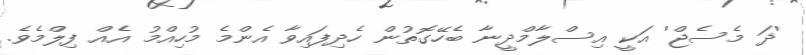
'ޛަ މެސެޖް' އަކީ އިސްލާމްދީނާ ބެހޭގޮތުން ހެދިފައިވާ އެންމެ މުހިއްމު އެއް ފިލްމެވެ.